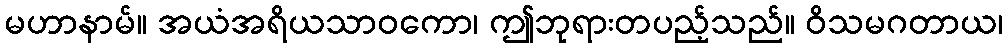
မဟာနာမ်။ အယံအရိယသာဝကော၊ ဤဘုရားတပည့်သည်။ ဝိသမဂတာယ၊